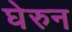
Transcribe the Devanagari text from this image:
घेरुन